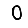
Digit: 0